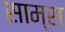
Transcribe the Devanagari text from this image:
साम्स